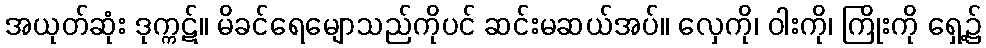
အယုတ်ဆုံး ဒုက္ကဋ်။ မိခင်ရေမျောသည်ကိုပင် ဆင်းမဆယ်အပ်။ လှေကို၊ ဝါးကို၊ ကြိုးကို ရှေ့၌